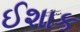
ઈશાક